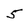
Character: 5